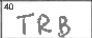
Transcription: TRB